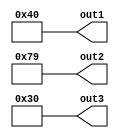
module test(out1,out2,out3);


	output  [6:0]out1;
	output  [6:0]out2;
    output  [6:0]out3;
		 
	assign out1 = 7'b1000000;
    assign out2 = 7'b1111001;
    assign out3 = 7'b0110000;

endmodule